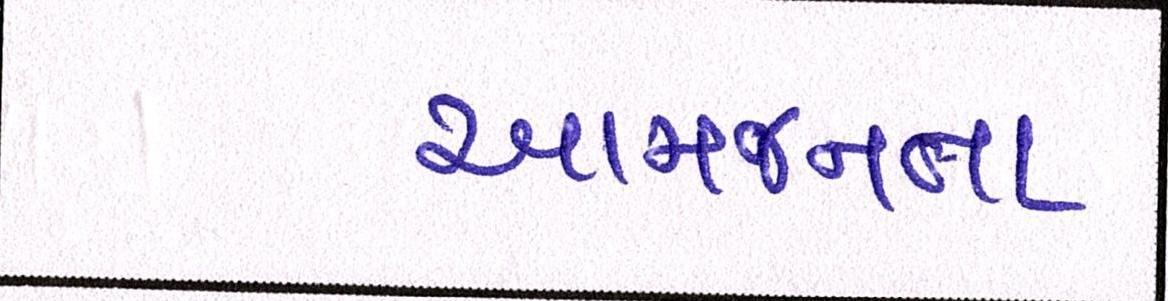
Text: આમજનતા